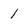
Character: 1